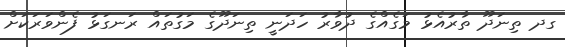
ގދ ތިނަދޫ ތާރުއެޅު މަގެއްގެ ދުވާރު ހަދަނީ ތިނަދޫގެ މަގުތައް ރަނގަޅު ފެންވަރަކަށް